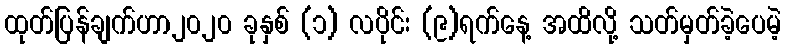
ထုတ်ပြန်ချက်ဟာ၂၀၂၀ ခုနှစ် (၁) လပိုင်း (၉)ရက်နေ့ အထိလို့ သတ်မှတ်ခဲ့ပေမဲ့